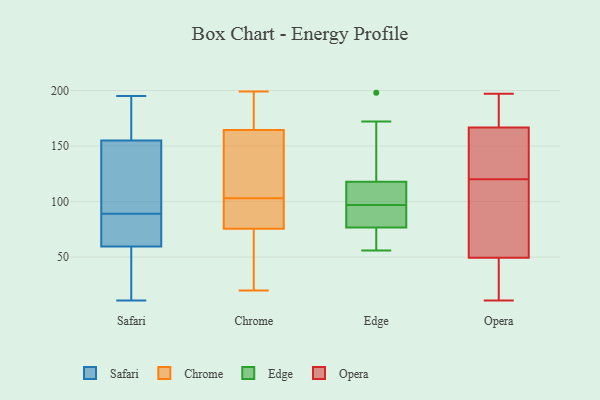
{"axis": {"x": "Tickets Resolved", "y": "Value"}, "legend": ["Chrome", "Edge", "Opera", "Safari"], "data": [{"x": "", "y": 39, "type": "Safari"}, {"x": "", "y": 186, "type": "Safari"}, {"x": "", "y": 164, "type": "Safari"}, {"x": "", "y": 73, "type": "Safari"}, {"x": "", "y": 53, "type": "Safari"}, {"x": "", "y": 160, "type": "Safari"}, {"x": "", "y": 83, "type": "Safari"}, {"x": "", "y": 195, "type": "Safari"}, {"x": "", "y": 85, "type": "Safari"}, {"x": "", "y": 146, "type": "Safari"}, {"x": "", "y": 11, "type": "Safari"}, {"x": "", "y": 181, "type": "Safari"}, {"x": "", "y": 66, "type": "Safari"}, {"x": "", "y": 112, "type": "Safari"}, {"x": "", "y": 150, "type": "Safari"}, {"x": "", "y": 19, "type": "Safari"}, {"x": "", "y": 86, "type": "Safari"}, {"x": "", "y": 29, "type": "Safari"}, {"x": "", "y": 92, "type": "Safari"}, {"x": "", "y": 107, "type": "Safari"}, {"x": "", "y": 78, "type": "Chrome"}, {"x": "", "y": 102, "type": "Chrome"}, {"x": "", "y": 20, "type": "Chrome"}, {"x": "", "y": 170, "type": "Chrome"}, {"x": "", "y": 96, "type": "Chrome"}, {"x": "", "y": 146, "type": "Chrome"}, {"x": "", "y": 175, "type": "Chrome"}, {"x": "", "y": 73, "type": "Chrome"}, {"x": "", "y": 104, "type": "Chrome"}, {"x": "", "y": 99, "type": "Chrome"}, {"x": "", "y": 152, "type": "Chrome"}, {"x": "", "y": 174, "type": "Chrome"}, {"x": "", "y": 41, "type": "Chrome"}, {"x": "", "y": 64, "type": "Chrome"}, {"x": "", "y": 199, "type": "Chrome"}, {"x": "", "y": 159, "type": "Chrome"}, {"x": "", "y": 119, "type": "Edge"}, {"x": "", "y": 94, "type": "Edge"}, {"x": "", "y": 106, "type": "Edge"}, {"x": "", "y": 114, "type": "Edge"}, {"x": "", "y": 198, "type": "Edge"}, {"x": "", "y": 172, "type": "Edge"}, {"x": "", "y": 108, "type": "Edge"}, {"x": "", "y": 72, "type": "Edge"}, {"x": "", "y": 56, "type": "Edge"}, {"x": "", "y": 169, "type": "Edge"}, {"x": "", "y": 97, "type": "Edge"}, {"x": "", "y": 76, "type": "Edge"}, {"x": "", "y": 73, "type": "Edge"}, {"x": "", "y": 93, "type": "Edge"}, {"x": "", "y": 79, "type": "Edge"}, {"x": "", "y": 157, "type": "Opera"}, {"x": "", "y": 12, "type": "Opera"}, {"x": "", "y": 170, "type": "Opera"}, {"x": "", "y": 55, "type": "Opera"}, {"x": "", "y": 144, "type": "Opera"}, {"x": "", "y": 185, "type": "Opera"}, {"x": "", "y": 11, "type": "Opera"}, {"x": "", "y": 32, "type": "Opera"}, {"x": "", "y": 48, "type": "Opera"}, {"x": "", "y": 85, "type": "Opera"}, {"x": "", "y": 120, "type": "Opera"}, {"x": "", "y": 153, "type": "Opera"}, {"x": "", "y": 182, "type": "Opera"}, {"x": "", "y": 130, "type": "Opera"}, {"x": "", "y": 197, "type": "Opera"}, {"x": "", "y": 47, "type": "Opera"}, {"x": "", "y": 91, "type": "Opera"}, {"x": "", "y": 54, "type": "Opera"}, {"x": "", "y": 187, "type": "Opera"}]}